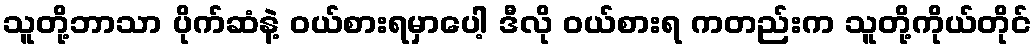
သူတို့ဘာသာ ပိုက်ဆံနဲ့ ဝယ်စားရမှာပေါ့ ဒီလို ဝယ်စားရ ကတည်းက သူတို့ကိုယ်တိုင်